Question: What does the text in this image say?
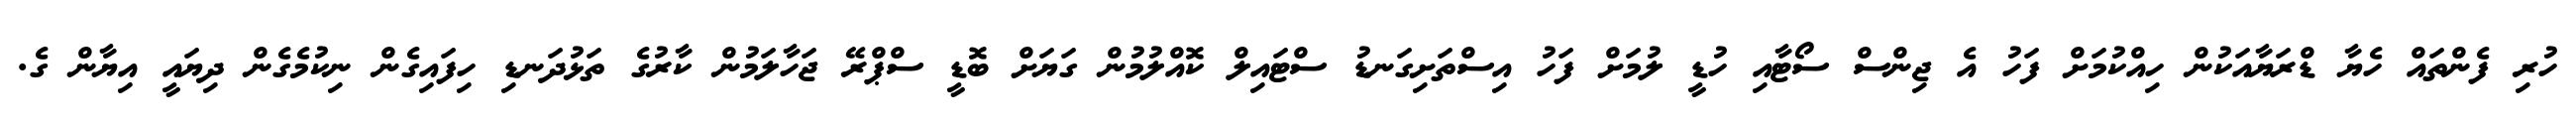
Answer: ހުރި ފެންތައް ހެޔާ ޑްރަޔާއަކުން ހިއްކުމަށް ފަހު އެ ޖިންސް ސޯޓާއި ހުޑީ ލުމަށް ފަހު އިސްތަށިގަނޑު ސްޓައިލް ކޮއްލުމުން ގަޔަށް ބޮޑީ ސްޕްރޭ ޖަހާލަމުން ކާރުގެ ތަޅުދަނޑި ހިފައިގެން ނިކުމެގެން ދިޔައީ އިޔާން ގެ.